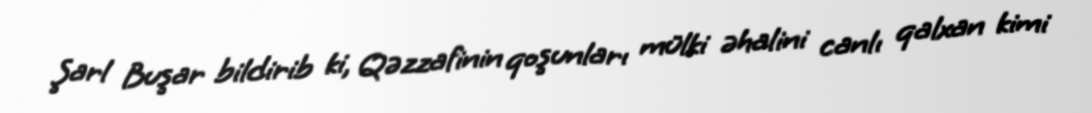
Şarl Buşar bildirib ki, Qəzzafinin qoşunları mülki əhalini canlı qalxan kimi